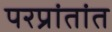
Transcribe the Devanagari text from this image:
परप्रांतांत